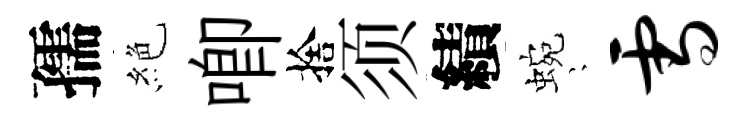
孺絶唧捨须績蜿隠雪